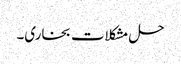
حل مشکلات بخاری۔